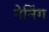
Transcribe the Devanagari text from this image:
नेनिंग